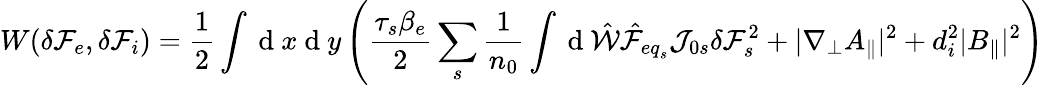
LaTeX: W(\delta{\mathcal F}_{e},\delta{\mathcal F}_{i})=\frac{1}{2}\int\mathrm{~d~}x\mathrm{~d~}y\left(\frac{\tau_{s}\beta_{e}}{2}\sum_{s}\frac{1}{n_{0}}\int\mathrm{~d~}\hat{\mathcal{W}}\hat{\mathcal{F}}_{{eq}_{s}}\mathcal{J}_{0s}\delta{\mathcal F}_{s}^{2}+|\nabla_{\perp}A_{\parallel}|^{2}+d_{i}^{2}|B_{\parallel}|^{2}\right)